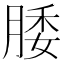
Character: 腇